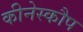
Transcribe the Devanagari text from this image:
कीनेस्कौप